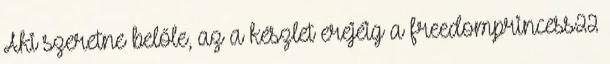
Aki szeretne belőle, az a készlet erejéig a freedomprincess22